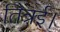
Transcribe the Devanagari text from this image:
तित्रई।